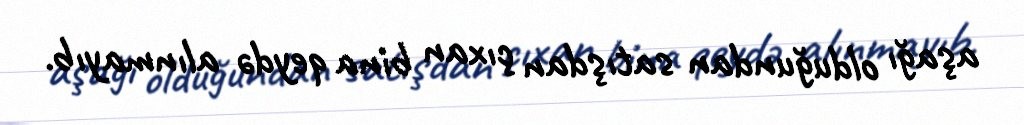
aşağı olduğundan satışdan çıxan bina qeydə alınmayıb.